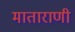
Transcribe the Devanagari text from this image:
माताराणी